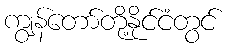
ကျွန်တော်တို့နိုင်ငံတွင်